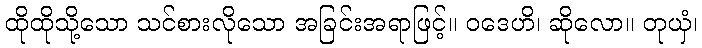
ထိုထိုသို့သော သင်စားလိုသော အခြင်းအရာဖြင့်။ ဝဒေဟိ၊ ဆိုလော။ တုယှံ၊